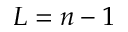
L = n - 1